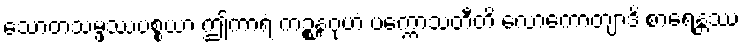
သောတသမ္ဖဿပစ္စယာ ဤကာရံ ကဉ္စနဂုဟံ ပက္ကောသတီတိ လောကောတျာဒိ စာရေန္တဿ